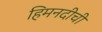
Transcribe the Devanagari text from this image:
हिमनदीची